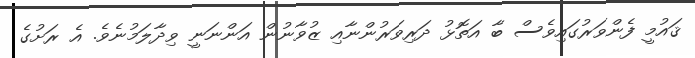
ޤައުމީ ފެންވަރުގައިވެސް ބާ އަތޮޅު ދަރިވަރުންނާއި ޒުވާނުން އަންނަނީ ވިދާލަމުނެވެ. އެ ރަށުގެ